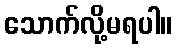
သောက်လို့မရပါ။